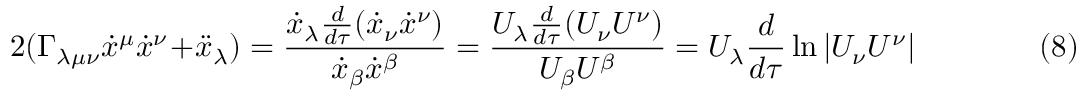
2 ( \Gamma _ { \lambda \mu \nu } { \dot { x } } ^ { \mu } { \dot { x } } ^ { \nu } + { \ddot { x } } _ { \lambda } ) = { \frac { { \dot { x } } _ { \lambda } { \frac { d } { d \tau } } ( { \dot { x } } _ { \nu } { \dot { x } } ^ { \nu } ) } { { \dot { x } } _ { \beta } { \dot { x } } ^ { \beta } } } = { \frac { U _ { \lambda } { \frac { d } { d \tau } } ( U _ { \nu } U ^ { \nu } ) } { U _ { \beta } U ^ { \beta } } } = U _ { \lambda } { \frac { d } { d \tau } } \ln | U _ { \nu } U ^ { \nu } | \qquad \qquad ( 8 )